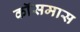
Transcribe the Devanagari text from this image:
कॉसमास